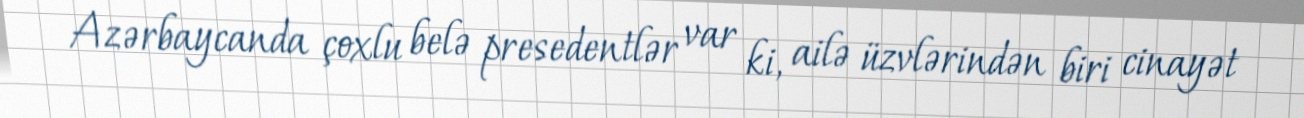
Azərbaycanda çoxlu belə presedentlər var ki, ailə üzvlərindən biri cinayət